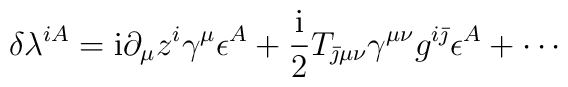
\delta\lambda^{iA} = {\rm i} \partial_\mu z^i \gamma^\mu\epsilon^A + {{\rm i} \over 2}T_{\bar \jmath\mu\nu} \gamma^{\mu \nu}g^{i\bar\jmath}\epsilon^A + \cdots